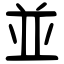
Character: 並